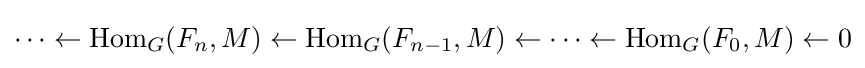
\cdots \leftarrow \operatorname {Hom} _{G}(F_{n},M)\leftarrow \operatorname {Hom} _{G}(F_{n-1},M)\leftarrow \dots \leftarrow \operatorname {Hom} _{G}(F_{0},M)\leftarrow 0